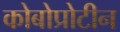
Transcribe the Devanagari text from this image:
कोबोप्रोटीन